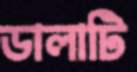
ডালাটি